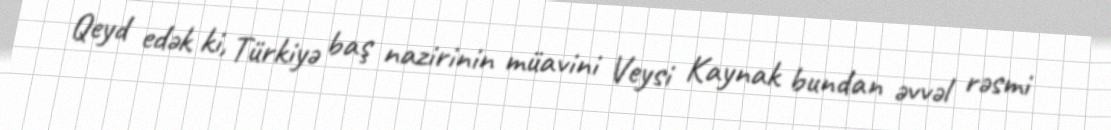
Qeyd edək ki, Türkiyə baş nazirinin müavini Veysi Kaynak bundan əvvəl rəsmi